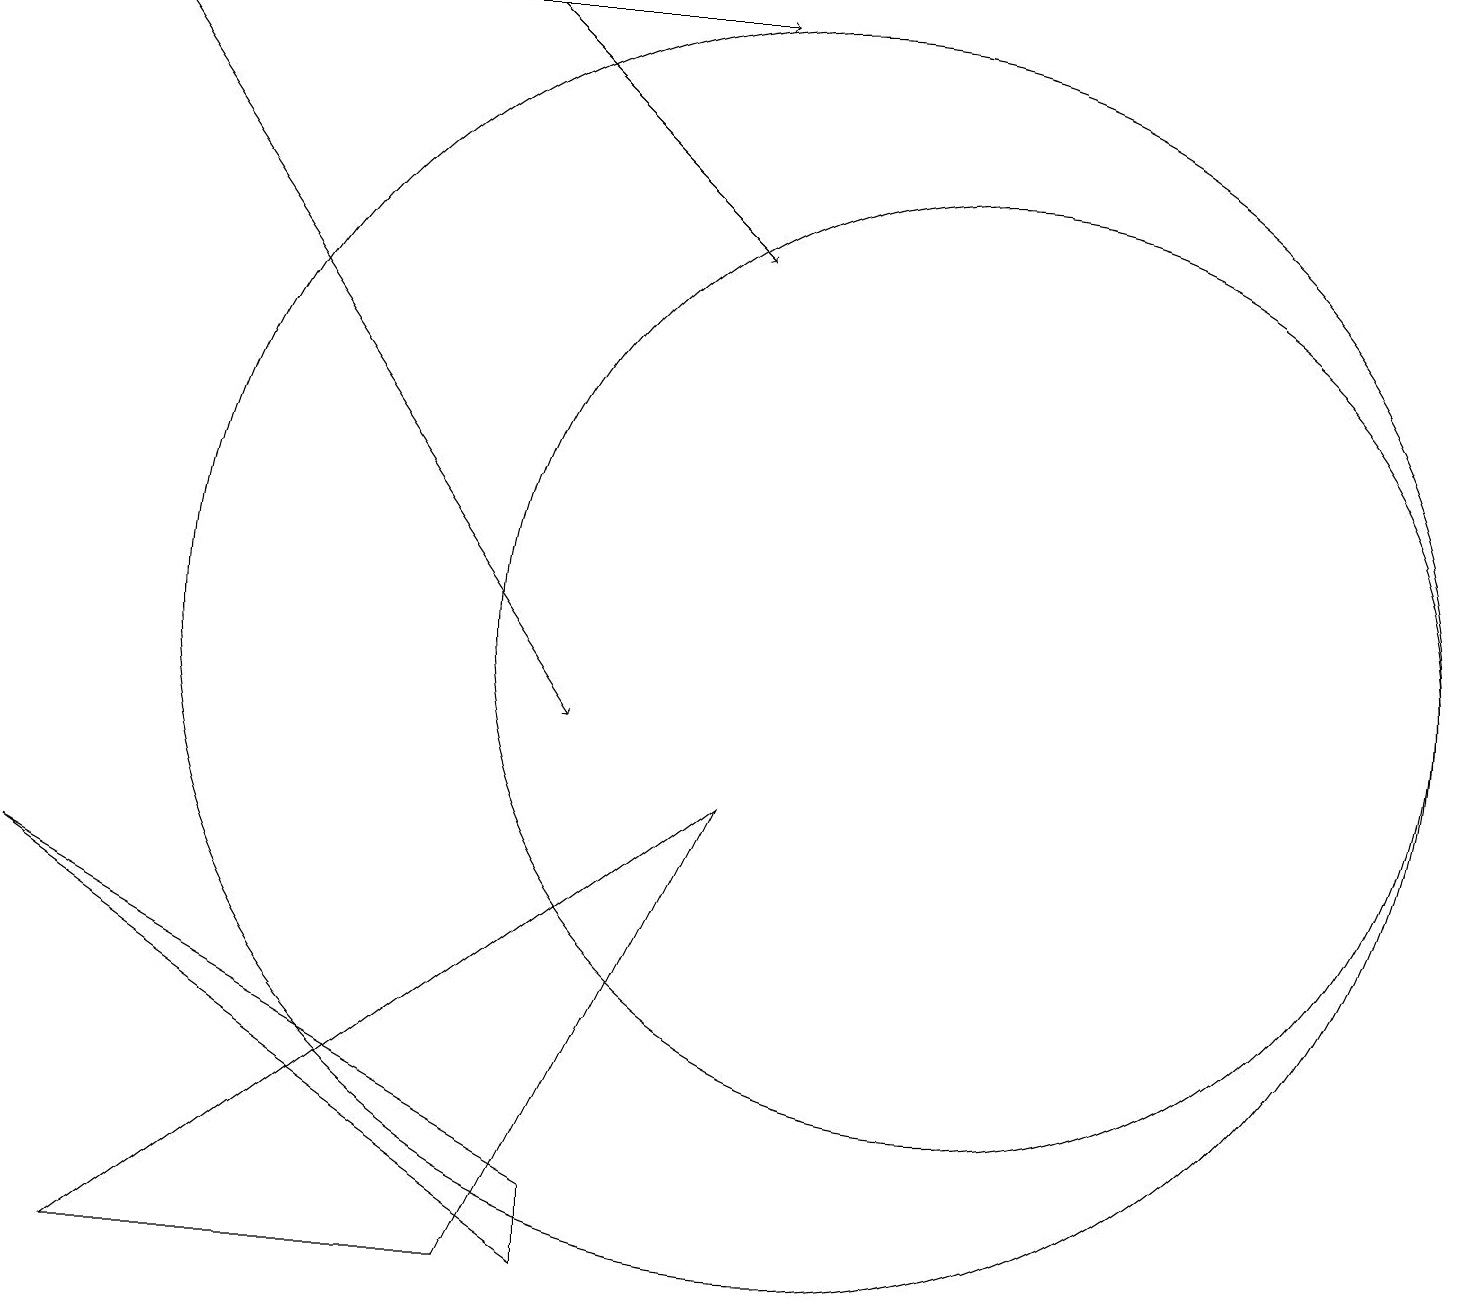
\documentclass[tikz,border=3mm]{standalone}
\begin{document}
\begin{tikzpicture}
\draw[->] (1,19) -- (7,10);
\draw (6,3) -- (9,9) -- (1,3) -- cycle;
\draw (12,11) circle (6);
\draw[->] (6,19) -- (9,16);
\draw (7,4) -- (7,3) -- (0,8) -- cycle;
\draw (10,11) circle (8);
\draw[->] (1,19) -- (9,19);
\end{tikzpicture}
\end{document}